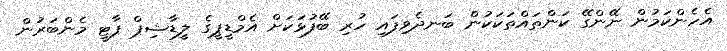
އެހެންކަމުން ނޭންގޭ ކަންތައްތަކަކުން ބަނދެވިފައި ހުރި ބޭފުޅަކަށް އެމްޑީޕީގެ ލީޑާޝިޕް ޕާޓީ މެންބަރުން